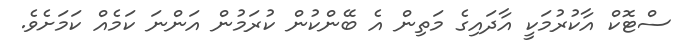
ސްޓޮކް އާކުރުމަކީ އާދައިގެ މަތިން އެ ބޭންކުން ކުރަމުން އަންނަ ކަމެއް ކަމަށެވެ.